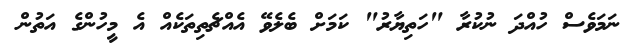
ނަމަވެސް ހުއްދަ ނުކުރާ "ހަތިޔާރު" ކަމަށް ބެލެވޭ އެއްޗެތިތަކެއް އެ މީހުންގެ އަތުން